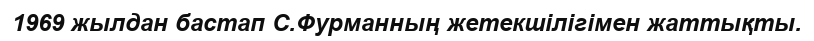
1969 жылдан бастап С.Фурманның жетекшілігімен жаттықты.